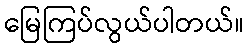
မြေကြပ်လွယ်ပါတယ်။